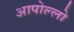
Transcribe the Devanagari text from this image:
आपोल्लो